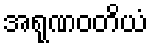
အရုဏဝတိယံ